Indian journal of veterinary science and animal husbandry - Volumes 26-27, 1956-1957
Year: 1956
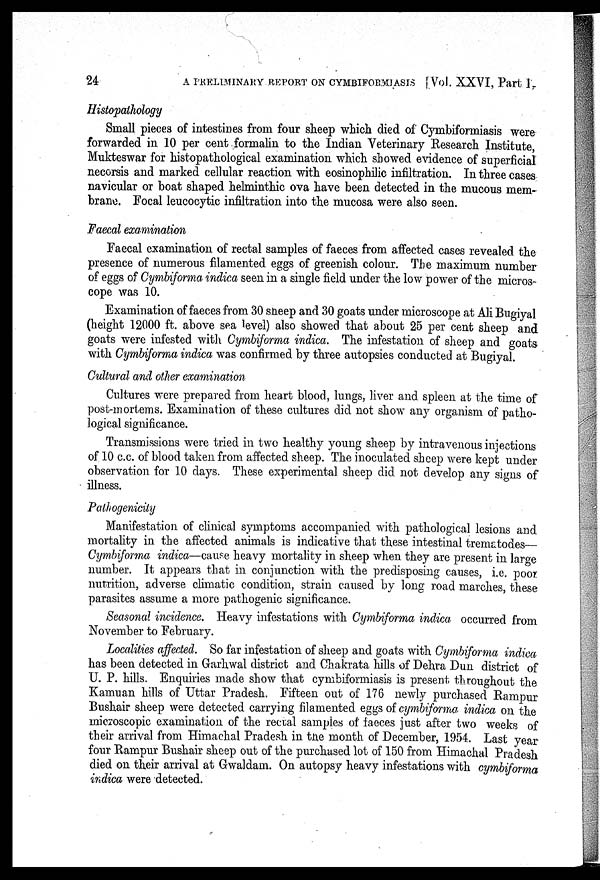
24
A PRELIMINARY REPORT ON CYMBIFORMIASIS [Vol. XXVI, Part I,
Histopathology
Small pieces of intestines from four sheep which died of Cymbiformiasis were
forwarded in 10 per cent formalin to the Indian Veterinary Research Institute,
Mukteswar for histopathological examination which showed evidence of superficial
necorsis and marked cellular reaction with eosinophilic infiltration. In three cases
navicular or boat shaped helminthic ova have been detected in the mucous mem-
brane. Focal leucocytic infiltration into the mucosa were also seen.
Faecal examination
Faecal examination of rectal samples of faeces from affected cases revealed the
presence of numerous filamented eggs of greenish colour. The maximum number
of eggs of Cymbiforma indica seen in a single field under the low power of the micros-
cope was 10.
Examination of faeces from 30 sheep and 30 goats under microscope at Ali Bugiyal
(height 12000 ft. above sea level) also showed that about 25 per cent sheep and
goats were infested with Cymbiforma indica. The infestation of sheep and goats
with Cymbiforma indica was confirmed by three autopsies conducted at Bugiyal.
Cultural and other examination
Cultures were prepared from heart blood, lungs, liver and spleen at the time of
post-mortems. Examination of these cultures did not show any organism of patho-
logical significance.
Transmissions were tried in two healthy young sheep by intravenous injections
of 10 c.c. of blood taken from affected sheep. The inoculated sheep were kept under
observation for 10 days. These experimental sheep did not develop any signs of
illness.
Pathogenicity
Manifestation of clinical symptoms accompanied with pathological lesions and
mortality in the affected animals is indicative that these intestinal trematodes—
Cymbiforma indica—cause heavy mortality in sheep when they are present in large
number. It appears that in conjunction with the predisposing causes, i.e. poor
nutrition, adverse climatic condition, strain caused by long road marches, these
parasites assume a more pathogenic significance.
Seasonal incidence. Heavy infestations with Cymbiforma indica occurred from
November to February.
Localities affected. So far infestation of sheep and goats with Cymbiforma indica
has been detected in Garhwal district and Chakrata hills of Dehra Dun district of
U. P. hills. Enquiries made show that cymbiformiasis is present throughout the
Kamuan hills of Uttar Pradesh. Fifteen out of 176 newly purchased Rampur
Bushair sheep were detected carrying filamented eggs of cymbiforma indica on the
microscopic examination of the rectal samples of faeces just after two weeks of
their arrival from Himachal Pradesh in the month of December, 1954. Last year
four Rampur Bushair sheep out of the purchased lot of 150 from Himachal Pradesh
died on their arrival at Gwaldam. On autopsy heavy infestations with cymbiforma
indica were detected.